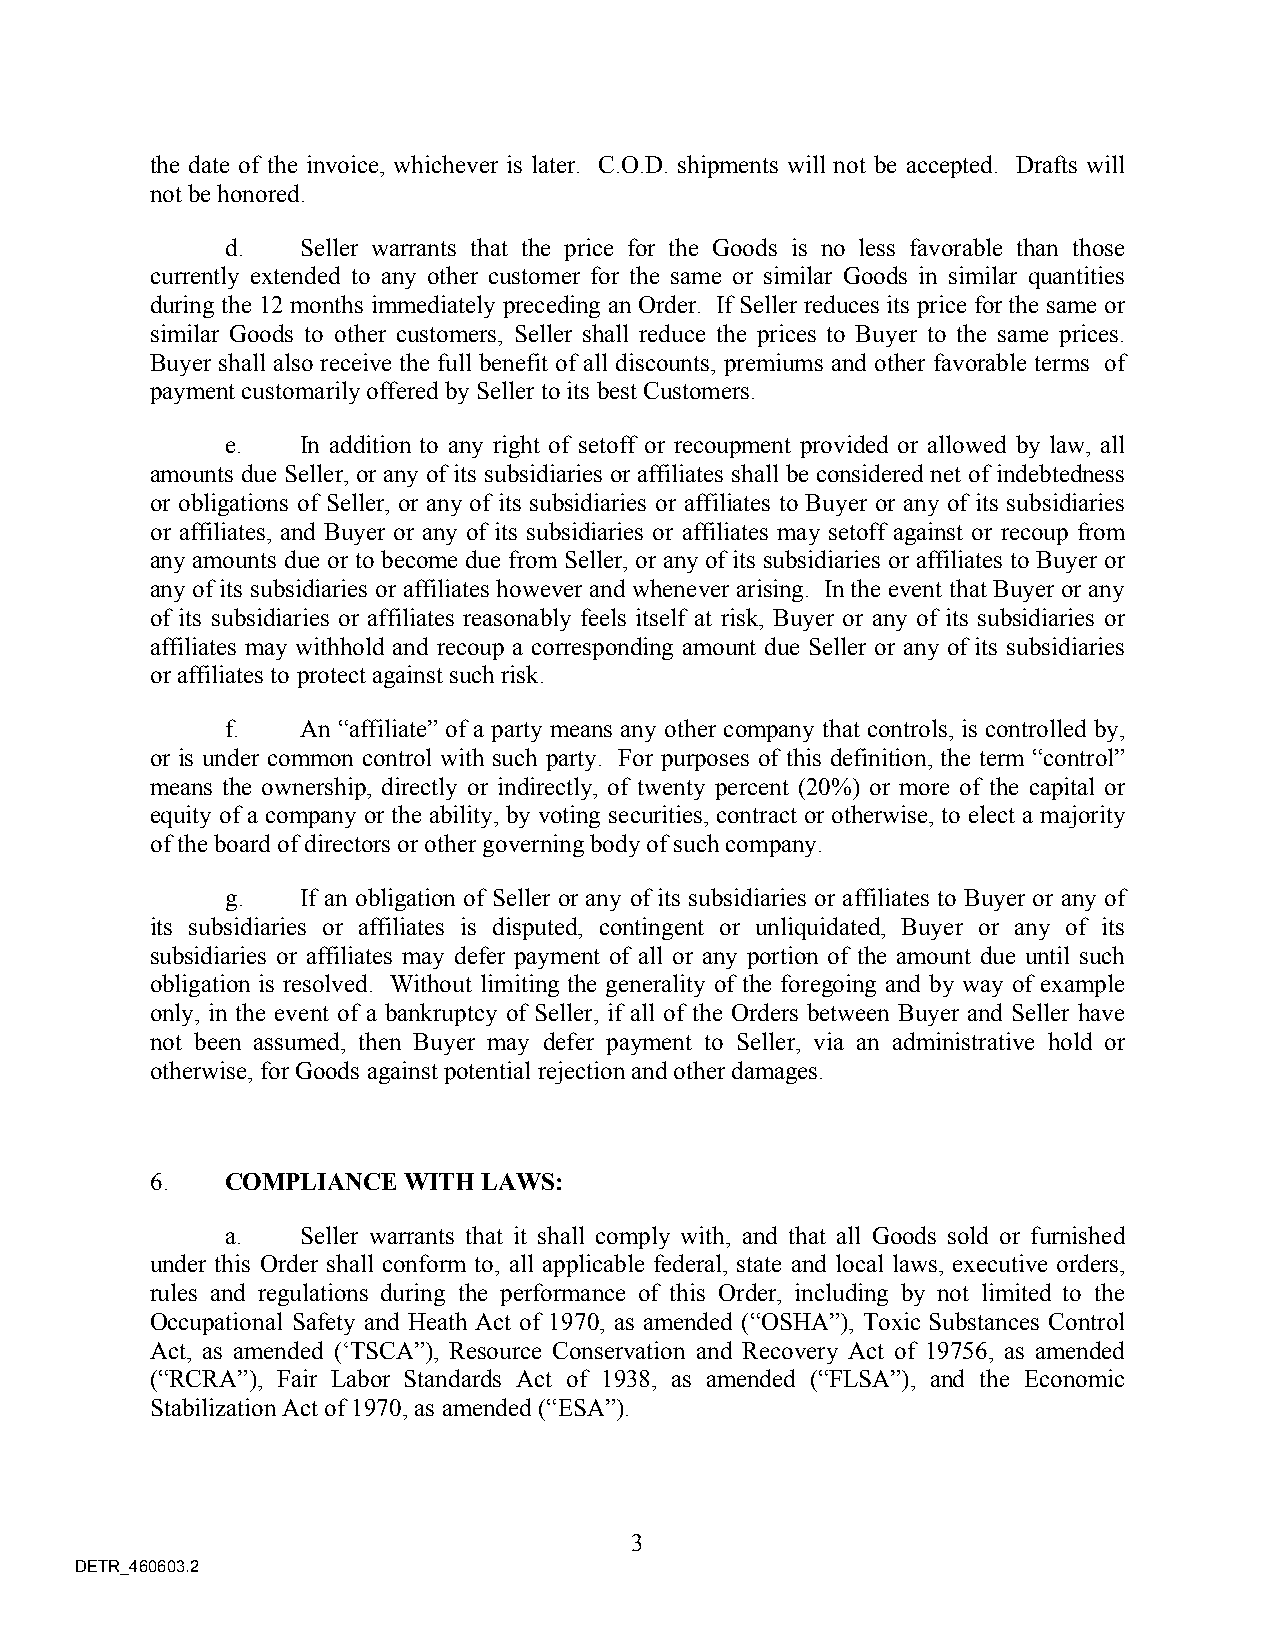
the date of the invoice, whichever is later. C.O.D. shipments will not be accepted. Drafts will
 not be honored.
 d.   Seller warrants that the price for the Goods is no less favorable than those
 currently extended to any other customer for the same or similar Goods in similar quantities
 during the 12 months immediately preceding an Order. If Seller reduces its price for the same or
 similar Goods to other customers, Seller shall reduce the prices to Buyer to the same prices.
 Buyer shall also receive the full benefit of all discounts, premiums and other favorable terms of
 payment customarily offered by Seller to its best Customers.
 e.   In addition to any right of setoff or recoupment provided or allowed by law, all
 amounts due Seller, or any of its subsidiaries or affiliates shall be considered net of indebtedness
 or obligations of Seller, or any of its subsidiaries or affiliates to Buyer or any of its subsidiaries
 or affiliates, and Buyer or any of its subsidiaries or affiliates may setoff against or recoup from
 any amounts due or to become due from Seller, or any of its subsidiaries or affiliates to Buyer or
 any of its subsidiaries or affiliates however and whenever arising. In the event that Buyer or any
 of its subsidiaries or affiliates reasonably feels itself at risk, Buyer or any of its subsidiaries or
 affiliates may withhold and recoup a corresponding amount due Seller or any of its subsidiaries
 or affiliates to protect against such risk.
 f.   An “affiliate” of a party means any other company that controls, is controlled by,
 or is under common control with such party. For purposes of this definition, the term “control”
 means the ownership, directly or indirectly, of twenty percent (20%) or more of the capital or
 equity of a company or the ability, by voting securities, contract or otherwise, to elect a majority
 of the board of directors or other governing body of such company.
 g.   If an obligation of Seller or any of its subsidiaries or affiliates to Buyer or any of
 its subsidiaries or affiliates is disputed, contingent or unliquidated, Buyer or any of its
 subsidiaries or affiliates may defer payment of all or any portion of the amount due until such
 obligation is resolved. Without limiting the generality of the foregoing and by way of example
 only, in the event of a bankruptcy of Seller, if all of the Orders between Buyer and Seller have
 not been assumed, then Buyer may defer payment to Seller, via an administrative hold or
 otherwise, for Goods against potential rejection and other damages.
 6.   COMPLIANCE  WITH LAWS:
 a.   Seller warrants that it shall comply with, and that all Goods sold or furnished
 under this Order shall conform to, all applicable federal, state and local laws, executive orders,
 rules and regulations during the performance of this Order, including by not limited to the
 Occupational Safety and Heath Act of 1970, as amended (“OSHA”), Toxic Substances Control
 Act, as amended (‘TSCA”), Resource Conservation and Recovery Act of 19756, as amended
 (“RCRA”), Fair Labor Standards Act of 1938, as amended (“FLSA”), and the Economic
 Stabilization Act of 1970, as amended (“ESA”).
 3
 DETR_460603.2